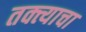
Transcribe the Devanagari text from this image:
तक्त्याचा